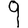
Digit: 9